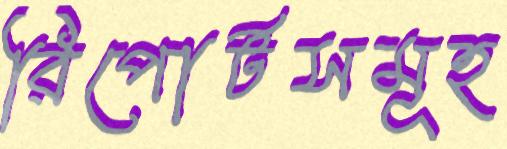
রিপোর্টসমূহ